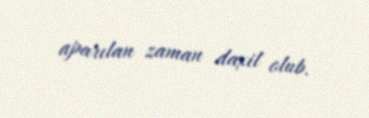
aparılan zaman daxil olub.